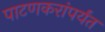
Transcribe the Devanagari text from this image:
पाटणकरांपर्यंत